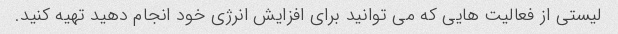
لیستی از فعالیت هایی که می توانید برای افزایش انرژی خود انجام دهید تهیه کنید.